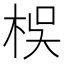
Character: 𣑀